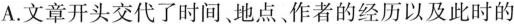
A.文章开头交代了时间，地点，作者的经历以及此时的